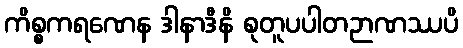
ကိစ္စကရဏေန ဒါနာဒီနိ စုတူပပါတဉာဏဿပိ